Materia medica of Madras volume I
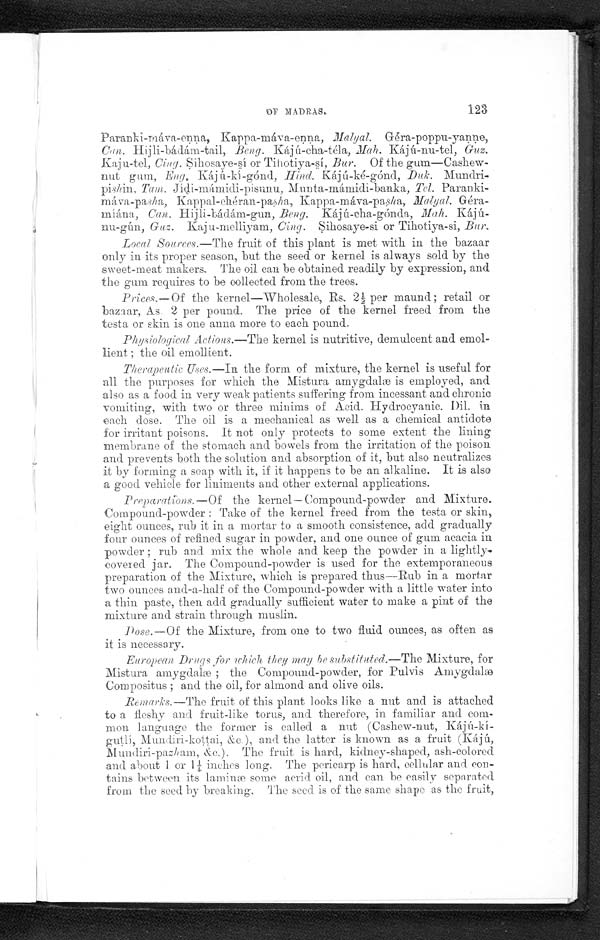
OF MADRAS. 123
Paranki-mává-enna, Kappa-máva-enna, Malyal . Géra-poppu-yanne,
Can. Hijli-bádám-tail, Beng. Kájú-cha-téla,Mah. Kaju-nu-tel,
Guz.
Kaju-tel, c ing. S i h o s a y e - s i
o r T i h o t i y a - s í ,
B u r .
Of the gum—Cashew-
nut gum, Eng. Kájú-kí-gónd, Hind. Kájú-ké-gónd, Duk. Mundri-
Pishin Tam.J í d i - m á m i d i - p i s u n u ,
M u n t a - m á m i d i - b a n k a ,
T e l .
Paranki-
máva-pasha, Kappal-chéran-pasha, Kappa-máva-pa sh a, Malyal. Géra-
míána, Can Hijli-bádám-gun, Beng. Kájú-cha-gónda, Mah.
Kàjú-nu-gún, Guz. Kaju-melliyam, Cing. Sihosaye-si or Tihotiya-si, Bur.
Local Sources.— The fruit of this plant is met with in the bazaar
only in its proper season, but the seed or kernel is always sold by the
sweet-meat makers. The oil can be obtained readily by expression, and
the gum requires to be collected from the trees.
Prices.— Of the kernel—Wholesale, Rs. 2 1/2 per maund ; retail or
bazaar, As. 2 per pound. The price of the kernel freed from the
testa or skin is one anua more to each pound.
Physiological Actions.—The kernel is nutritive, demulcent and emol-
lient ; the oil emollient.
Therapeutic Uses. —In the form of mixture, the kernel is useful for
all the purposes for which the Mistura amygdahæ is employed, and
also as a food in very weak patients suffering from incessant and chronic
vomiting, with two or three minims of Acid. Hydrocyanic. Dil in
each dose. The oil is a mechanical as well as a chemical antidote
for irritant poisons. It not only protects to some extent the lining
membrane of the stomach and bowels from the irritation of the poison
and prevents both the solution and absorption of it, but also neutralizes
it by forming a soap with it, if it happens to be an alkaline. It is also
a good vehicle for liniments and other external applications.
Preparations.— Of the kernel — Compound-powder and Mixture.
Compound-powder : Take of the kernel freed from the testa or skin,
eight ounces, rub it in a mortar to a smooth consistence, add gradually
four ounces of refined sugar in powder, and one ounce of gum acacia in
powder ; rub and mix the whole and keep the powder in a lightly-
covered jar. The Compound-powder is used for the extemporaneous
preparation of the Mixture, which is prepared thus—Rub in a mortar
two ounces and-a-half of the Compound-powder with a little water into
a thin paste, then add gradually sufficient water to make a pint of the
mixture and strain through muslin.
Dose .—Of the Mixture, from one to two fluid ounces, as often as
it is necessary.
European Druqs for which they may be substituted.—The Mixture, for
Mistura amygdalæ ; the Compound-powder, for Pulvis Amygdalæ
Compositus ; and the oil, for almond and olive oils.
Remarks.— The fruit of this plant looks like a nut and is attached
to a fleshy and fruit-like torus, and therefore, in familiar and com-
mon language the former is called a nut (Cashew-nut, Kájú-kí-
gutli, Mundiri-kottai, &c), and the latter is known as a fruit (Kájú,
Mundiri-pazh am, &c.). The fruit is hard, kidney-shaped, ash-colored
and about 1 or 1 1/4i n c h e s l o n g . T h e
p e r i c a r p i s
h a r d ,c
e l l u l a r a n d
con-
tains between its laminæ some acrid. oil, and can be easily separated
from the seed by breaking. The seed is of the same shape as the fruit,